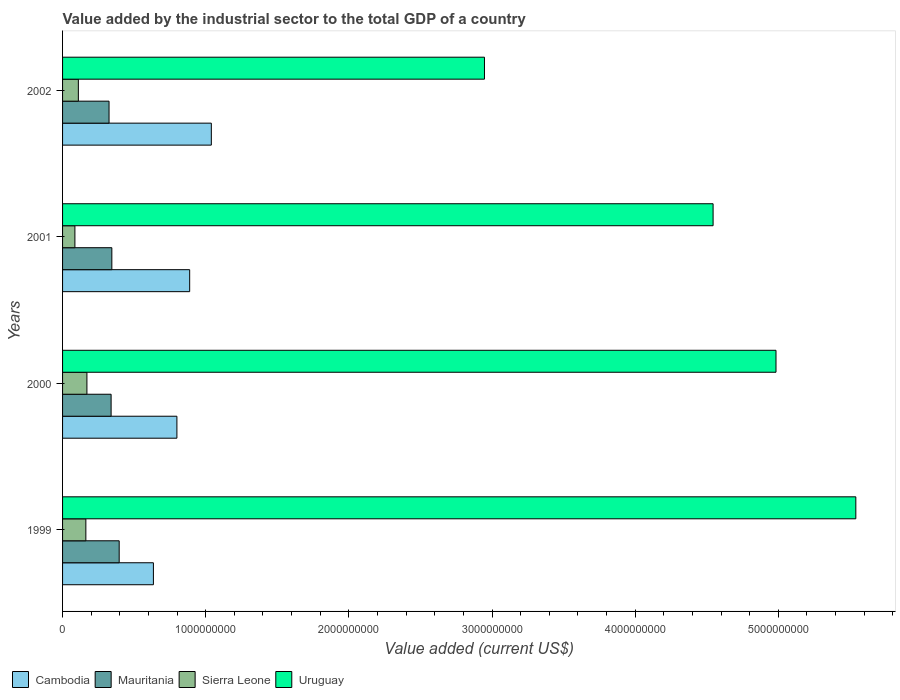
| Years | Cambodia | Mauritania | Sierra Leone | Uruguay |
 | --- | --- | --- | --- | --- |
 | 1999 | 6.35e+08 | 3.96e+08 | 1.63e+08 | 5.54e+09 |
 | 2000 | 7.99e+08 | 3.39e+08 | 1.7e+08 | 4.98e+09 |
 | 2001 | 8.88e+08 | 3.44e+08 | 8.62e+07 | 4.54e+09 |
 | 2002 | 1.04e+09 | 3.25e+08 | 1.1e+08 | 2.95e+09 |